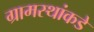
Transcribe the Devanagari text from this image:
ग्रामस्‍थांकडे